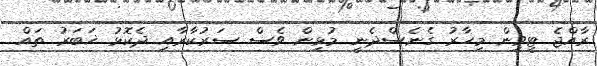
ރާއްޖެ ޓީވީން މިހާރު ގެނެސްދެނީ މުޅިން ވެސް ސަރުކާރާއި ދެކޮޅު ޚަބަރު ތައް